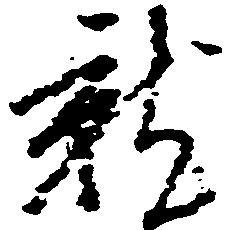
就